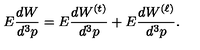
E \frac { d W } { d ^ { 3 } p } = E \frac { d W ^ { ( t ) } } { d ^ { 3 } p } + E \frac { d W ^ { ( \ell ) } } { d ^ { 3 } p } .